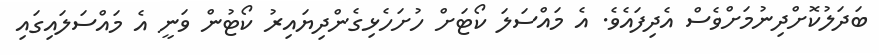
ބަދަލުކޮށްދިނުމަށްވެސް އެދިފައެވެ. އެ މައްސަލަ ކޯޓަށް ހުށަހެޅިގެންދިޔައިރު ކޯޓުން ވަނީ އެ މައްސަލައިގައި